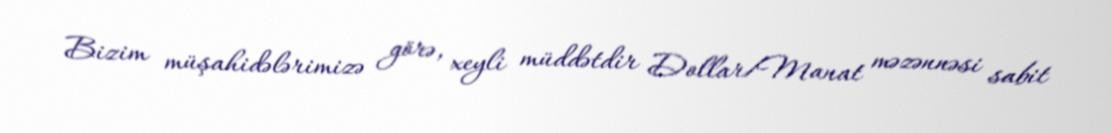
Bizim müşahidələrimizə görə, xeyli müddətdir Dollar/Manat məzənnəsi sabit